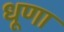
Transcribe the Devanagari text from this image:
धूणा